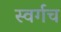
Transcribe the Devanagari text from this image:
स्वर्गच